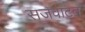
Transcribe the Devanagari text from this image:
सजवाटत